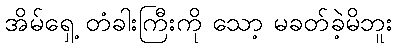
အိမ်ရှေ့ တံခါးကြီးကို သော့ မခတ်ခဲ့မိဘူး